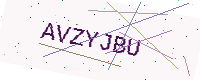
Text: AVZYJBU